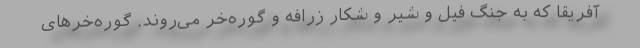
آفریقا که به جنگ فیل و شیر و شکار زرافه و گوره‌خر می‌روند. گوره‌خرهای